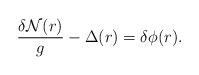
LaTeX: \begin{align*}\frac{{\delta}{\cal{N}}(r)}{g}-{\Delta}(r)={\delta}{\phi}(r).\end{align*}